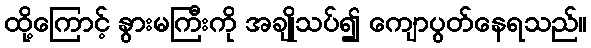
ထို့ကြောင့် နွားမကြီးကို အချိုသပ်၍ ကျောပွတ်နေရသည်။